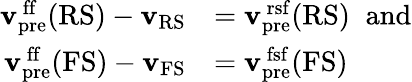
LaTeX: \begin{array}{rl}{{\mathbf{v}}_{\mathrm{pre}}^{\mathrm{\, ff}}(\mathrm{RS})-{\mathbf{v}}_{\mathrm{RS}}}&{={\mathbf{v}}_{\mathrm{pre}}^{\mathrm{\, rsf}}(\mathrm{RS})\; \; \mathrm{and}}\\ {{\mathbf{v}}_{\mathrm{pre}}^{\mathrm{\, ff}}(\mathrm{FS})-{\mathbf{v}}_{\mathrm{FS}}}&{={\mathbf{v}}_{\mathrm{pre}}^{\mathrm{\, fsf}}(\mathrm{FS})}\end{array}